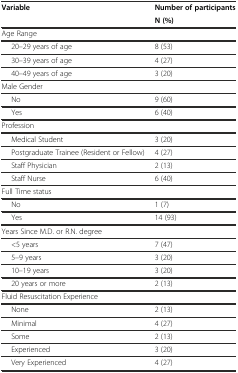
<table><thead><tr><td><b>Variable</b></td><td><b>Number of participants</b></td></tr><tr><td></td><td><b>N (%)</b></td></tr></thead><tbody><tr><td>Age Range</td><td></td></tr><tr><td>20–29 years of age</td><td>8 (53)</td></tr><tr><td>30–39 years of age</td><td>4 (27)</td></tr><tr><td>40–49 years of age</td><td>3 (20)</td></tr><tr><td>Male Gender</td><td></td></tr><tr><td>No</td><td>9 (60)</td></tr><tr><td>Yes</td><td>6 (40)</td></tr><tr><td>Profession</td><td></td></tr><tr><td>Medical Student</td><td>3 (20)</td></tr><tr><td>Postgraduate Trainee (Resident or Fellow)</td><td>4 (27)</td></tr><tr><td>Staff Physician</td><td>2 (13)</td></tr><tr><td>Staff Nurse</td><td>6 (40)</td></tr><tr><td>Full Time status</td><td></td></tr><tr><td>No</td><td>1 (7)</td></tr><tr><td>Yes</td><td>14 (93)</td></tr><tr><td>Years Since M.D. or R.N. degree</td><td></td></tr><tr><td>&lt;5 years</td><td>7 (47)</td></tr><tr><td>5–9 years</td><td>3 (20)</td></tr><tr><td>10–19 years</td><td>3 (20)</td></tr><tr><td>20 years or more</td><td>2 (13)</td></tr><tr><td>Fluid Resuscitation Experience</td><td></td></tr><tr><td>None</td><td>2 (13)</td></tr><tr><td>Minimal</td><td>4 (27)</td></tr><tr><td>Some</td><td>2 (13)</td></tr><tr><td>Experienced</td><td>3 (20)</td></tr><tr><td>Very Experienced</td><td>4 (27)</td></tr></tbody></table>